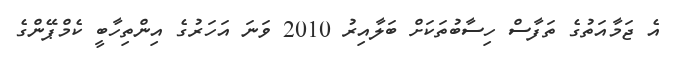
އެ ޖަމާއަތުގެ ތަފާސް ހިސާބުތަކަށް ބަލާއިރު 2010 ވަނަ އަހަރުގެ އިންތިހާބީ ކެމްޕޭންގެ